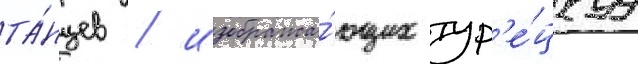
та́нцев / изобража́ющих тур'е́цкуу